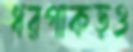
ধরপাকড়ও